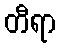
တီရာ